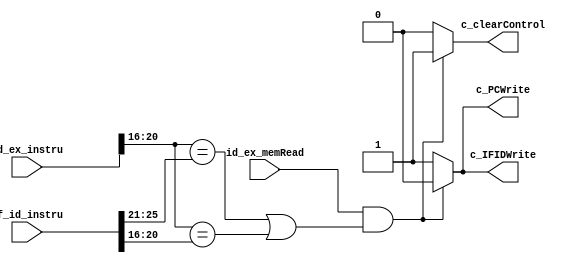
// hazard detection unit

module hazard_det(
  input id_ex_memRead, // ID/EX.MemRead
  input [31:0] if_id_instru, // IF/ID.instru
  input [31:0] id_ex_instru, // ID/EX.instru
  output reg c_PCWrite, // -> PC
  output reg c_IFIDWrite, // -> IF/ID pipelined reg
  output reg c_clearControl // -> control (ID/EX.Flush) 
  // FIXME: bool convention
);
  // id_ex_instru[20:16]: ID/EX.Rt
  // if_id_instru[25:21]: IF/ID.Rs
  // if_id_instru[20:16]: IF/ID.Rt

  initial begin
    c_PCWrite = 1;
    c_IFIDWrite = 1;
    c_clearControl = 0;
  end

  always @(*) begin
    if (id_ex_memRead==1 && ((id_ex_instru[20:16] == if_id_instru[25:21]) || (id_ex_instru[20:16] == if_id_instru[20:16]))) begin
      c_PCWrite = 0; // if PCWrite==0, don't write in new instruction, IM decode the current instruction again
      c_IFIDWrite = 0; // if IF_ID_Write==0, IF/ID register keeps the current instruction
      c_clearControl = 1; // if ID_EX_Flush=1, all control signals in ID/EX are 0
    end else begin
      c_PCWrite = 1;
      c_IFIDWrite = 1;
      c_clearControl = 0;
    end
  end

endmodule

// TODO: [bonus] merge from LYR
module bonus_hazard(
  input branch,IDEXregwrite,IDEXmemread,EXMEMmemread,EXMEMregwrite,jump,equal,
  input [4:0] ReadReg1,ReadReg2,
  input [4:0] IDEXrd,IDEXrt,IFIDrs,IFIDrt,EXMEMrt,
  output reg IDflush,EXflush,PCwrite,IFIDwrite,
  output IFflush
);
  initial begin
    IDflush=0;
    EXflush=0;
    PCwrite=1;
    IFIDwrite=1;
  end

  always@(*) begin
    if (IDEXmemread==1 && (IDEXrt==IFIDrs || IDEXrt==IFIDrt)) begin // lw 
      PCwrite=0;
      IFIDwrite=0;
      IDflush=1;
    end

    if (branch) begin
      if (IDEXregwrite && IDEXrd!=5'b0 && (IDEXrd==ReadReg1 || IDEXrd==ReadReg2)) begin // r-format 1&2 hazard
        PCwrite=0;
        IFIDwrite=0;
        IDflush=1;
      end
      if (IDEXregwrite && IDEXrd==5'b0 && (IDEXrt==ReadReg1 || IDEXrt==ReadReg2)) begin // andi 1&2 hazard
        PCwrite=0;
        IFIDwrite=0;
        IDflush=1;
      end
      if (IDEXmemread && (IDEXrt==ReadReg1 || IDEXrt==ReadReg2)) begin // lw 1&2 hazard
        PCwrite=0;
        IFIDwrite=0;
        IDflush=1;
      end
      if (EXMEMmemread && (EXMEMrt==ReadReg1 || EXMEMrt==ReadReg2)) begin // lw 1&3 hazard
        PCwrite=0;
        IFIDwrite=0;
        IDflush=1;
        EXflush=1;
      end
    end
  end

  assign IFflush=(~PCwrite && branch && equal) || jump; // FIXME
endmodule